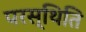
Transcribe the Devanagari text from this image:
परस्थिति